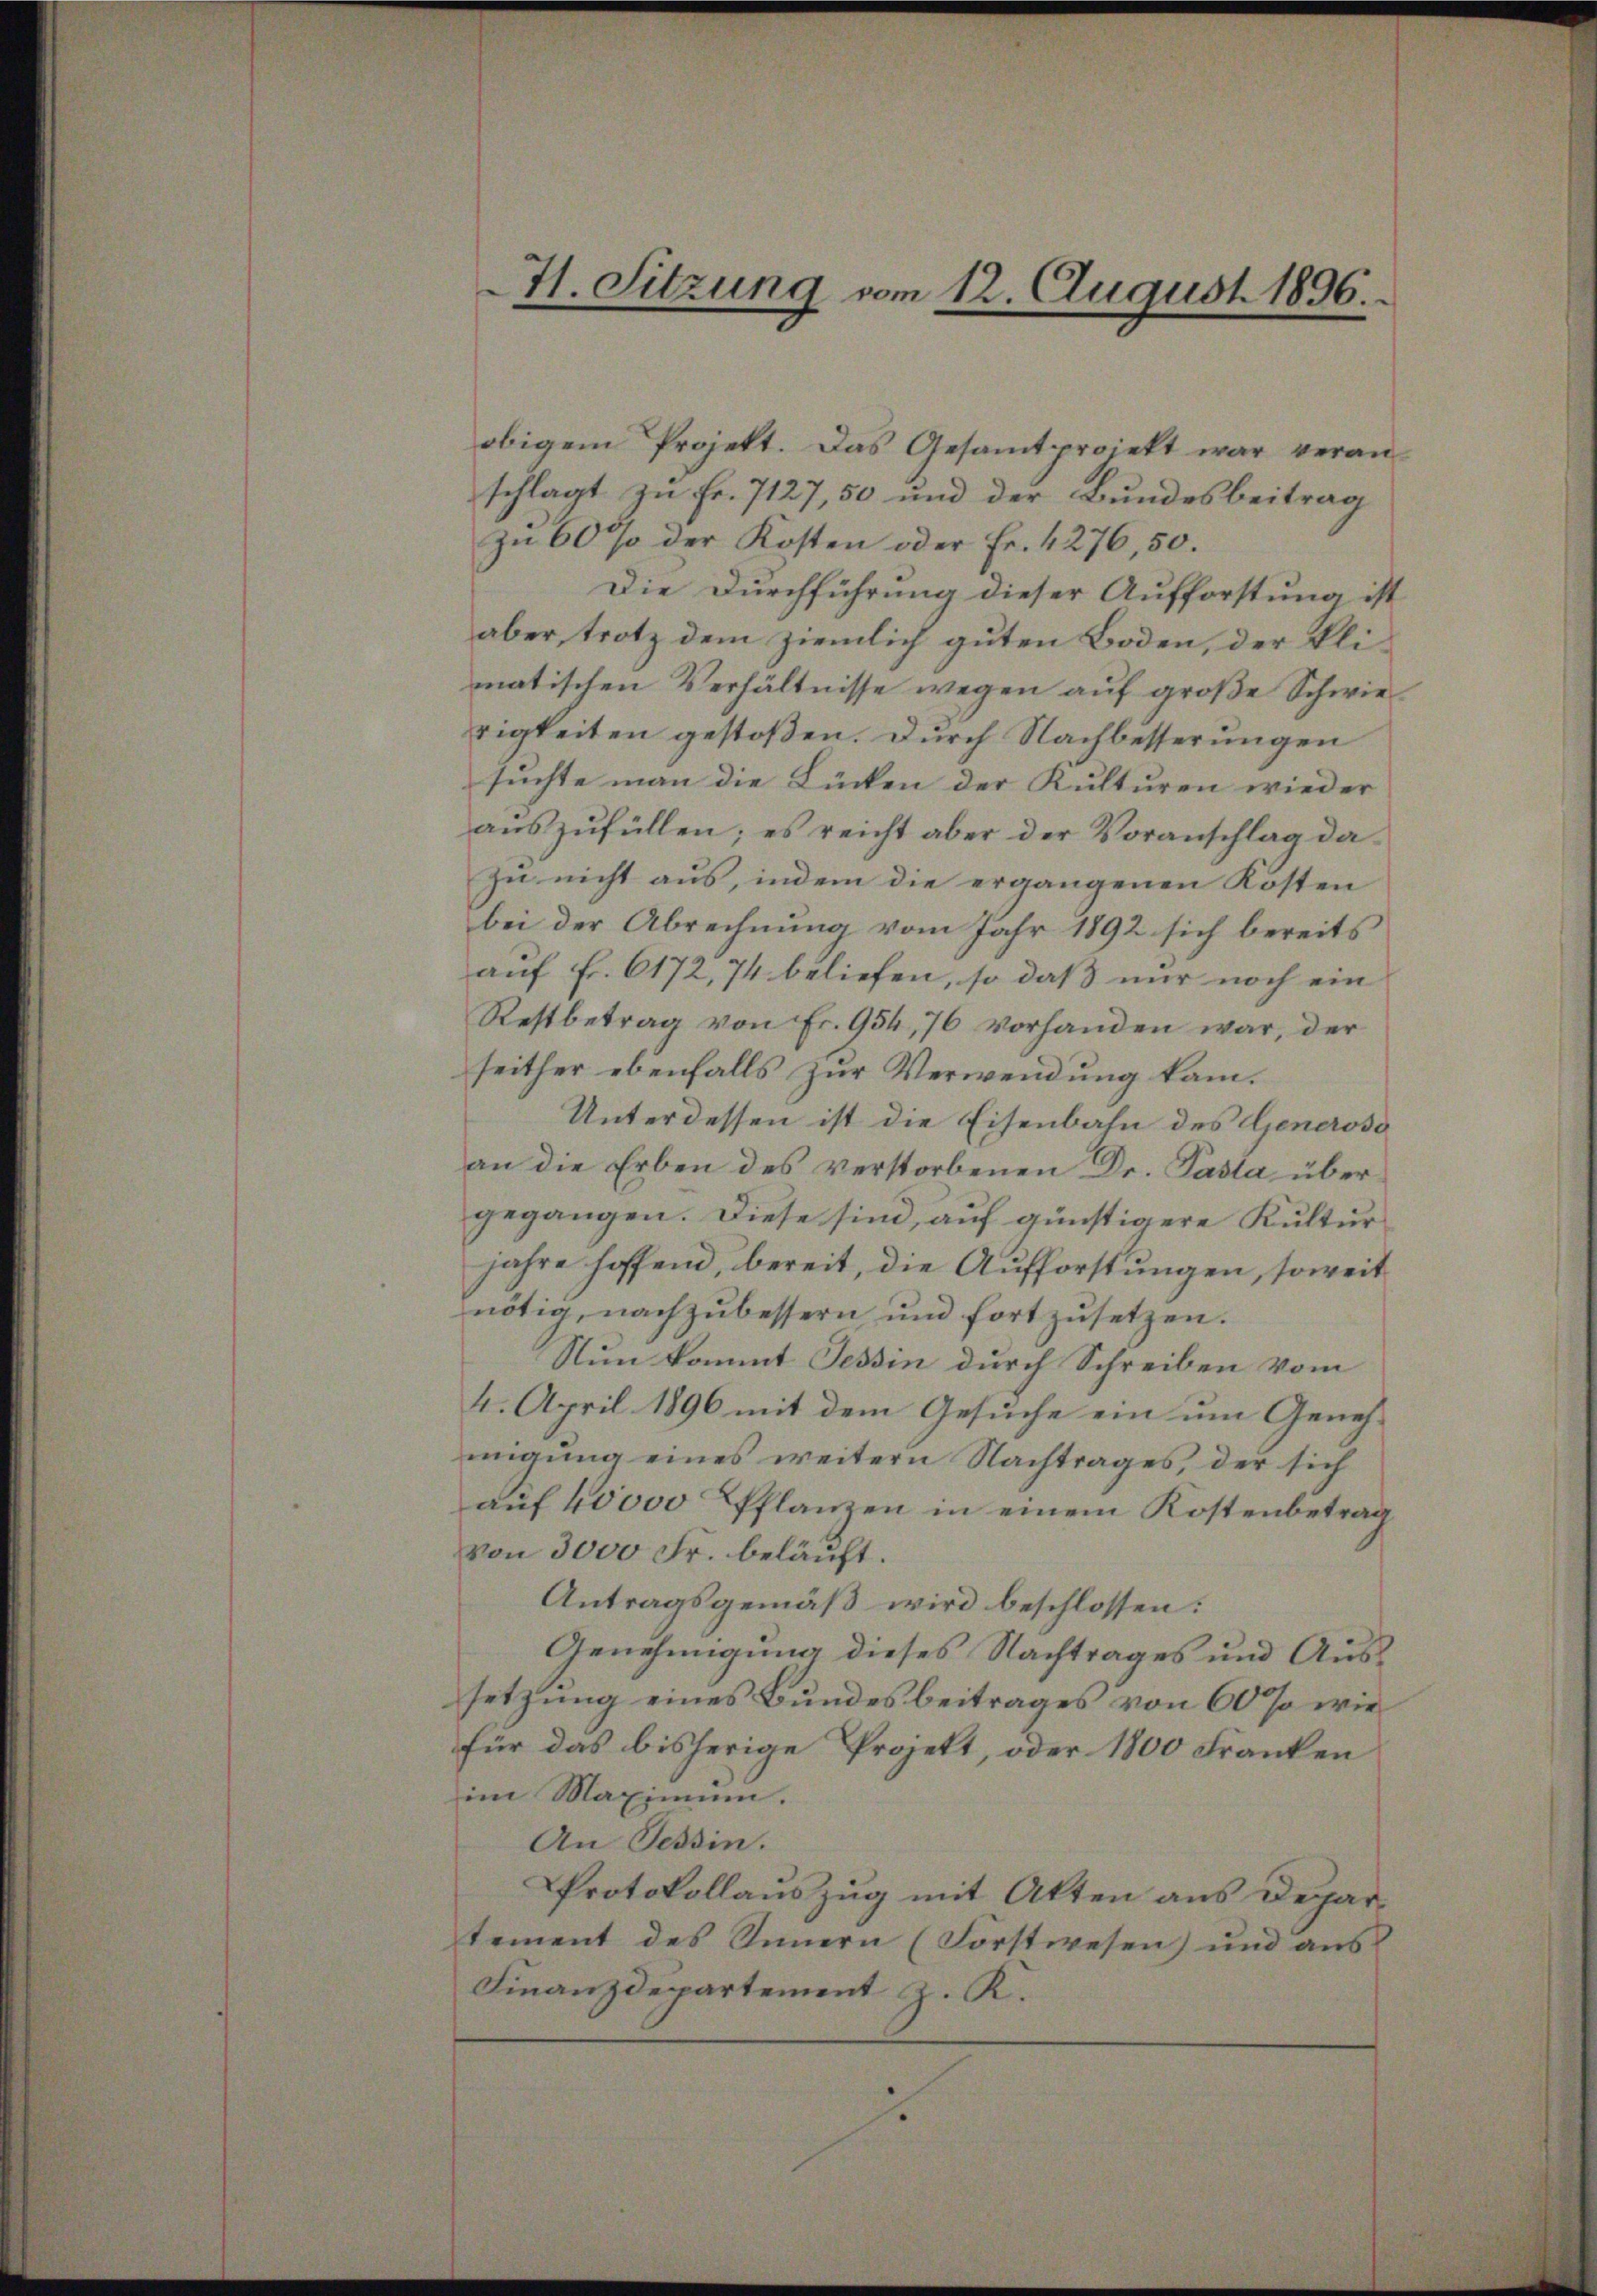
H. Sitzung vom 12. August 1896.

obigem Projekt. Das Gesamtprojekt war veranschlagt zu Fr. 7127, 50 und der Bundesbeitrag
zŭ 60 % der Kosten oder Fr. 4276, 50.
Die Durchführung dieser Aufforstung ist
aber, trotz dem ziemlich guten Boden, der klimatischen Verhältnisse wegen auf große Schwierigkeiten gestoßen. Durch Nachbesserungen
suchte man die Lücken der Kulturen wieder
auszufüllen; es reicht aber der Voranschlag dazu nicht aus, indem die ergangenen Kosten
bei der Abrechnung vom Jahr 1892 sich bereits
auf Fr. 6172, 74 beliefen, so daß nur noch ein
Restbetrag von Fr. 954, 76 vorhanden war, der
seither ebenfalls zur Verwendung kam.
Unterdessen ist die Eisenbahn des Generoso
an die Erben des verstorbenen Dr. Pasta übergegangen. Diese sind, auf günstigere Kultur
jahre hoffend, bereit, die Aufforstungen, soweit
nötig, nachzubessern und fortzusetzen.
Nun kommt Tessin durch Schreiben vom
4. April 1896 mit dem Gesuche ein um Genehmigung eines weitern Nachtrages, der sich
auf 40000 Pflanzen in einem Kostenbetrag
von 3000 Fr. beläuft.
Antragsgemäß wird beschlossen:
Genehmigung dieses Nachtrages und Aussetzung eines Bundesbeitrages von 60 so wie
für das bisherige Projekt, oder 1800 Franken
im Maximum.
An Tessin.
Protokollauszug mit Akten aus Departement des Innern (Forstwesen) und aus
Finanzdepartement z. K.